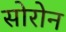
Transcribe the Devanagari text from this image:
सोरोन